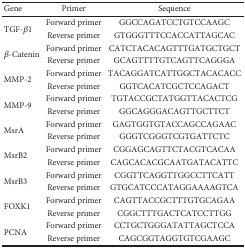
<table><thead><tr><td><b>Gene</b></td><td><b>Primer</b></td><td><b>Sequence</b></td></tr></thead><tbody><tr><td rowspan="2">TGF-<i>β</i>1</td><td>Forward primer</td><td>GGCCAGATCCTGTCCAAGC</td></tr><tr><td>Reverse primer</td><td>GTGGGTTTCCACCATTAGCAC</td></tr><tr><td rowspan="2"><i>β</i>-Catenin</td><td>Forward primer</td><td>CATCTACACAGTTTGATGCTGCT</td></tr><tr><td>Reverse primer</td><td>GCAGTTTTGTCAGTTCAGGGA</td></tr><tr><td rowspan="2">MMP-2</td><td>Forward primer</td><td>TACAGGATCATTGGCTACACACC</td></tr><tr><td>Reverse primer</td><td>GGTCACATCGCTCCAGACT</td></tr><tr><td rowspan="2">MMP-9</td><td>Forward primer</td><td>TGTACCGCTATGGTTACACTCG</td></tr><tr><td>Reverse primer</td><td>GGCAGGGACAGTTGCTTCT</td></tr><tr><td rowspan="2">MsrA</td><td>Forward primer</td><td>GAGTGGTGTACCAGCCAGAAC</td></tr><tr><td>Reverse primer</td><td>GGGTCGGGTCGTGATTCTC</td></tr><tr><td rowspan="2">MsrB2</td><td>Forward primer</td><td>CGGAGCAGTTCTACGTCACAA</td></tr><tr><td>Reverse primer</td><td>CAGCACACGCAATGATACATTC</td></tr><tr><td rowspan="2">MsrB3</td><td>Forward primer</td><td>CGGTTCAGGTTGGCCTTCATT</td></tr><tr><td>Reverse primer</td><td>GTGCATCCCATAGGAAAAGTCA</td></tr><tr><td rowspan="2">FOXK1</td><td>Forward primer</td><td>CAGTTACCGCTTTGTGCAGAA</td></tr><tr><td>Reverse primer</td><td>CGGCTTTGACTCATCCTTGG</td></tr><tr><td rowspan="2">PCNA</td><td>Forward primer</td><td>CCTGCTGGGATATTAGCTCCA</td></tr><tr><td>Reverse primer</td><td>CAGCGGTAGGTGTCGAAGC</td></tr></tbody></table>